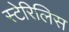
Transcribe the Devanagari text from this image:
स्टेरिलिस